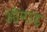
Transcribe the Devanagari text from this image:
ओनाड़